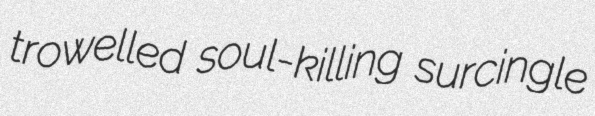
trowelled soul-killing surcingle